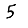
Digit: 5